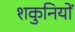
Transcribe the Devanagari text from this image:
शकुनियों